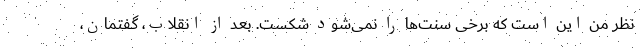
نظر من این است که برخی سنت‌ها را نمی‌شود شکست. بعد از انقلاب، گفتمان،